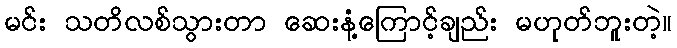
မင်း သတိလစ်သွားတာ ဆေးနံ့ကြောင့်ချည်း မဟုတ်ဘူးတဲ့။